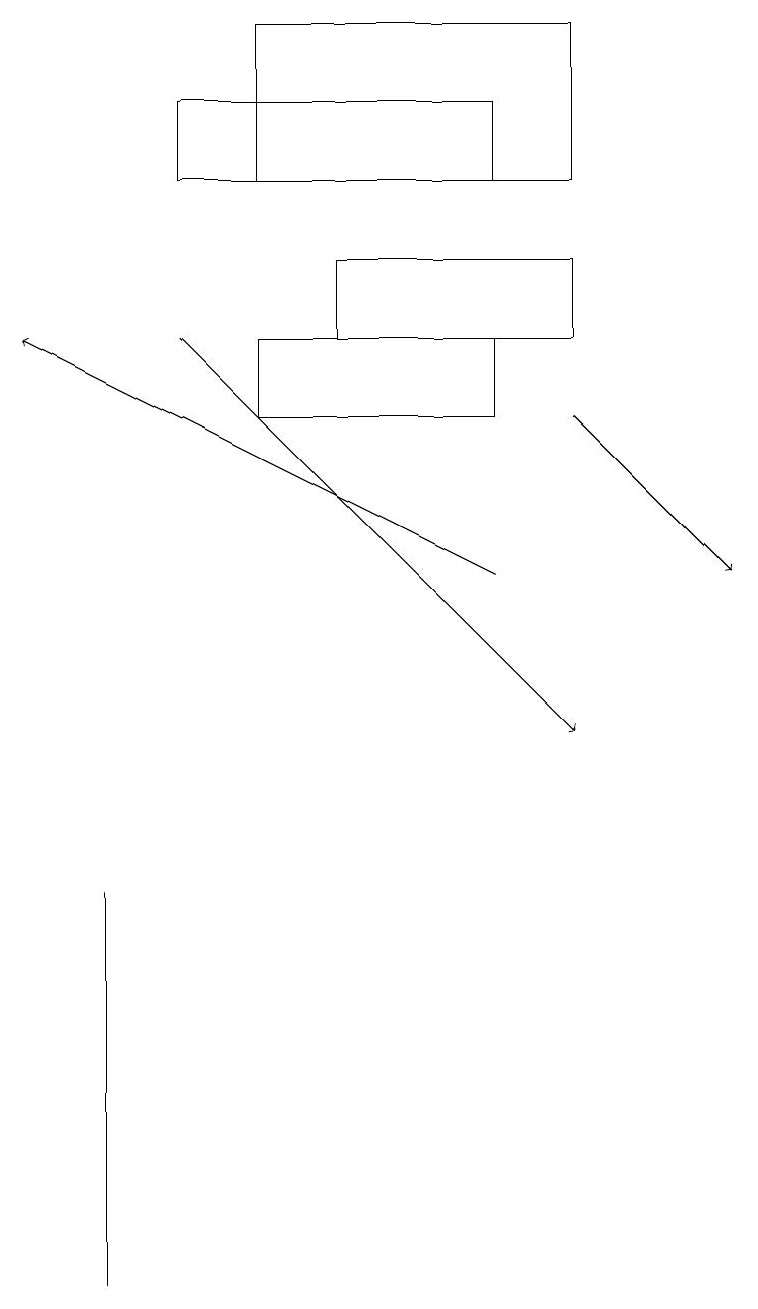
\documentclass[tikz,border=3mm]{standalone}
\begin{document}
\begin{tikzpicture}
\draw (1,8) -- (1,7) -- (1,3) -- cycle;
\draw[->] (7,14) -- (9,12);
\draw (4,16) rectangle (7,15);
\draw (3,19) rectangle (7,17);
\draw[->] (2,15) -- (7,10);
\draw (6,18) rectangle (2,17);
\draw (3,14) rectangle (6,15);
\draw[->] (6,12) -- (0,15);
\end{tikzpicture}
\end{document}